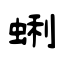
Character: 蜊